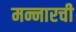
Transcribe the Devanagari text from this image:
मन्नारची